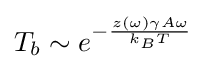
T_{b}\sim e^{-{\frac {z(\omega )\gamma A\omega }{k_{B}T}}}